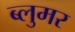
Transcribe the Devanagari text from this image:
ब्लुमर